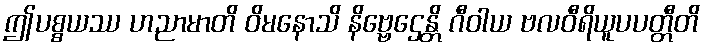
ဤပစ္စယဿ ဟညာမာတိ ဝိမနောသိ နိဗ္ဗေဌေန္တိ ဂီဝါယ ဗလဝီရိယူပပတ္တီတိ